Calcutta medical institutions reports 1892-1900
Year: 1892
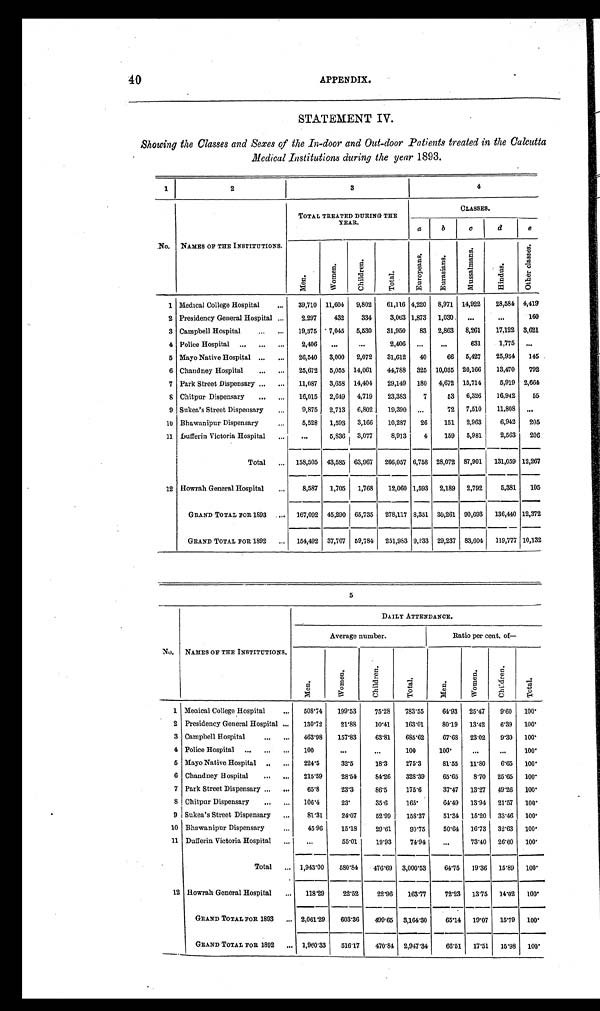
40
APPENDIX.
STATEMENT IV.
Showing the Classes and Sexes of the In-door and Out-door Patients treated in the Calcutta
Medical Institutions during the year 1893.
1
2
3
4
No. NAMES OF THE INSTITUTIONS.
TOTAL TREATED DURING THE
YEAR.
CLASSES.
a b c d
e
M e n .
W o m e n .
C h i l d r e n .
T o t a l .
E u r o p e a n s .
E u r a s i a n s .
M u s s a l m a n s .
H i n d u s .
O t h e r c l a s s e s .
1 Medical College Hospital ... 39, 710 11, 604 9, 802 61, 116 4, 220 8, 971 14, 922 28, 584 4,419
2 Presidency General Hospital . . . 2,297 432 334 3, 063 1, 873 1, 030 ... ... 160
3 Campbell Hospital . . . ... 19, 375 7, 045 5, 530 31, 950 83 2, 863 8, 261 17, 122 3, 621
4 Police Hospital . . . ... ... 2, 406 ... . . .
2, 406 ... ... 631 1, 775 ...
5 Mayo Native Hospital ... ... 26, 540 3, 000 2, 072 31, 612 40 66 5, 427 25, 934 145
6 Chandney Hospital ... ... 25, 672 5, 055 14, 061 44, 788 325 10,035 20, 166 13, 470 792
7 Park Street Dispensary ... ... 11, 087 3, 658 14, 404 29, 149 180 4, 672 15, 714 5, 919 2, 664
8 Chitpur Dispensary . . . . . . 16, 015 2,649 4,719 23, 383 7
5 3 6, 326 16,942 55
9 Sukea' s Street Dispensary . . . 9, 875 2, 713 6, 802 19, 390 ... 72 7, 510 11, 808 ...
10 Bhawanipur Dispensary ... 5, 528 1, 593 3, 166 10, 287 26 151 2,963 6, 942 205
11 Dufferin Victoria Hospital ... ... 5, 836 3, 077 8, 913 4 159 5, 981 2, 563 206
Total ... 158, 505 43, 585 63, 967 266, 057 6, 758 28, 072 87, 901 131, 059 12, 267
12 Howrah General Hospital ... 8, 587 1, 705 1, 768 12, 060 1, 593 2, 189 2, 792 5, 381 105
GRAND TOTAL FOR 1893 ... 167, 092 45, 290 65, 735 278, 117 8, 351 30, 261 90, 693 136, 440 12, 372
GRAND TOTAL FOR 1892 ... 154, 492 37, 707
5 9 , 7 8 4 251,983 9,233 29,237 83, 604 119, 777 10, 132
5
No. NAMES OF THE INSTITUTIONS.
DAILY ATTENDANCE.
Average number.
Ratio per cent. of
—
M e n .
W o m e n .
C h i l d r e n .
T o t a l . M e n .
W o m e n .
C h i l d r e n .
T o t a l .
1 Medical College Hospital ... 508.74 199.53 75.28 783.55 64.93 25.47 9.60 100.
2 Presidency General Hospital . . . 130.72 21. 88 10.41 163.01 80.19 13.42 6.39 100.
3 Campbell Hospital ... ... 463.98 157.83 63.81 685.62 67.63 23.02 9.30 100.
4 Police Hospital ... ... ... 100
...
. . . 100 100. ... ... 100.
5 Mayo Native Hospital . . . ... 224.5 32.5 18.3 275.3 81.55 11.80 6.65 100.
6 Chandney Hospital ... ... 215.59 28.54 84.26 328.39 65.65 8.70 25.65 100.
7 Park Street Dispensary . . . ... 65.8 23.3 86.5 175.6 37. 47 13.27 49.26 100.
8 Chitpur Dispensary ... ... 106.4 23. 35.6 165. 64.49 13.94 21.57 100.
9 Sukea' s Street Dispensary ... 81.31 24.07 52.99 158.37 51.34 15.20 33.46 100.
10 Bhawanipur Dispensary . . . 45.96 15.18 29.61 90.75 50.64 16.73 32.63 100.
11 Dufferin Victoria Hospital ... ...
55.01 19.93 74.94 ... 73.40 26.60 100.
Total ... 1,943.00 580.84 476.69 3,000.53 64.75 19.36 15.89 100.
12 Howrah General Hospital ... 118.29 22.52 22.96 163.77 72.23 13.75 14.02 100.
GRAND TOTAL FOR 1893 . . . 2,061.29 603.36 499.65 3,164.30 65.14 19.07 15.79 100.
GRAND TOTAL FOR 1892 ... 1, 960. 33 516.17 470. 84 2, 947. 34 66. 51 17.51 15.98 100.